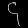
Digit: ၄